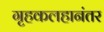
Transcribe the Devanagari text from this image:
गृहकलहानंतर